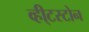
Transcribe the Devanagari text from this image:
व्ही्टस्टोन